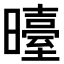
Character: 𭨉